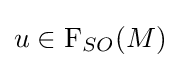
u\in \mathrm {F} _{SO}(M)